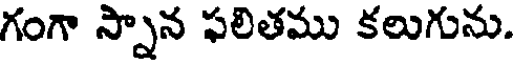
గంగా స్నాన ఫలితము కలుగును.